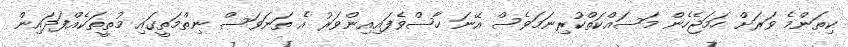
ކިތަންމެ ވަރަށް ހަމަޖެހެން މަސައްކަތްކުރިނަމަވެސް އޭނަ ހާސްވެފައިއިންވަރު އެ ތަނަވަސް ނިތްމަތީގައި މުތީތަކެއްފަދައިން